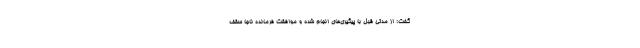
گفت:‌ از مدتی قبل با پیگیری‌های انجام شده و موافقت فرمانده ناجا سقف